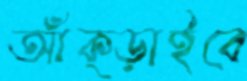
আঁক্‌ড়াইবে